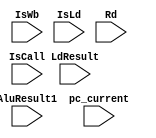
module WB (
           input IsWb,
           input IsCall,
           input IsLd,
           input [3:0] Rd,
           input [31:0] AluResult1,
           input [31:0] LdResult,
           input [31:0] pc_current
           );       
wire IsWb,IsCall,IsLd;
wire [31:0] AluResult1,LdResult,pc_current;
wire [3:0] Rd;
//--------------------------------------------------

           always @(*)
           begin
           if (IsWb == 1)
           begin  
               
           if (IsCall == 1)
           begin
           P.A3 = 4'b1111;
           end
           
           else if ( IsCall==0)
           begin
           P.A3 = Rd;
           end
          
           if  (IsLd == 0 && IsCall == 0)
           begin
           P.D3 = AluResult1 ;
           end
           else if ( IsLd == 1 && IsCall == 0)
           begin
           P.D3 = LdResult;
           end
           else if (IsLd == 0 && IsCall == 1)
           begin
           P.D3 = pc_current + 4;
           end
           
           end
           end
           endmodule